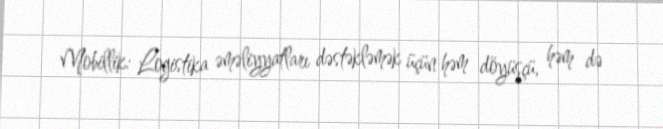
Mobillik: Logistika əməliyyatları dəstəkləmək üçün həm döyüşçü, həm də